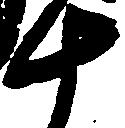
十